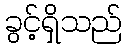
ခွင့်ရှိသည်